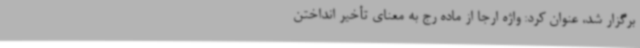
برگزار شد، عنوان کرد: واژه ارجا از ماده رج به معنای تأخیر انداختن